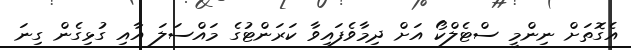
އެގޮތަށް ނިންމީ ސްޓެލްކޯ އަށް ދިމާވެފައިވާ ކަރަންޓުގެ މައްސަލަ އާއި ގުޅިގެން ގިނަ